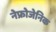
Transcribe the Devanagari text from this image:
नेफ्रोजेनिक